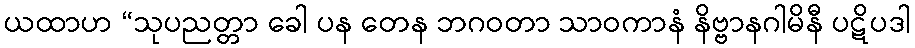
ယထာဟ “သုပညတ္တာ ခေါ ပန တေန ဘဂဝတာ သာဝကာနံ နိဗ္ဗာနဂါမိနီ ပဋိပဒါ